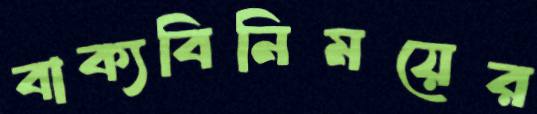
বাক্যবিনিময়ের